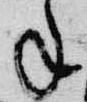
年